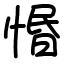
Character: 惽